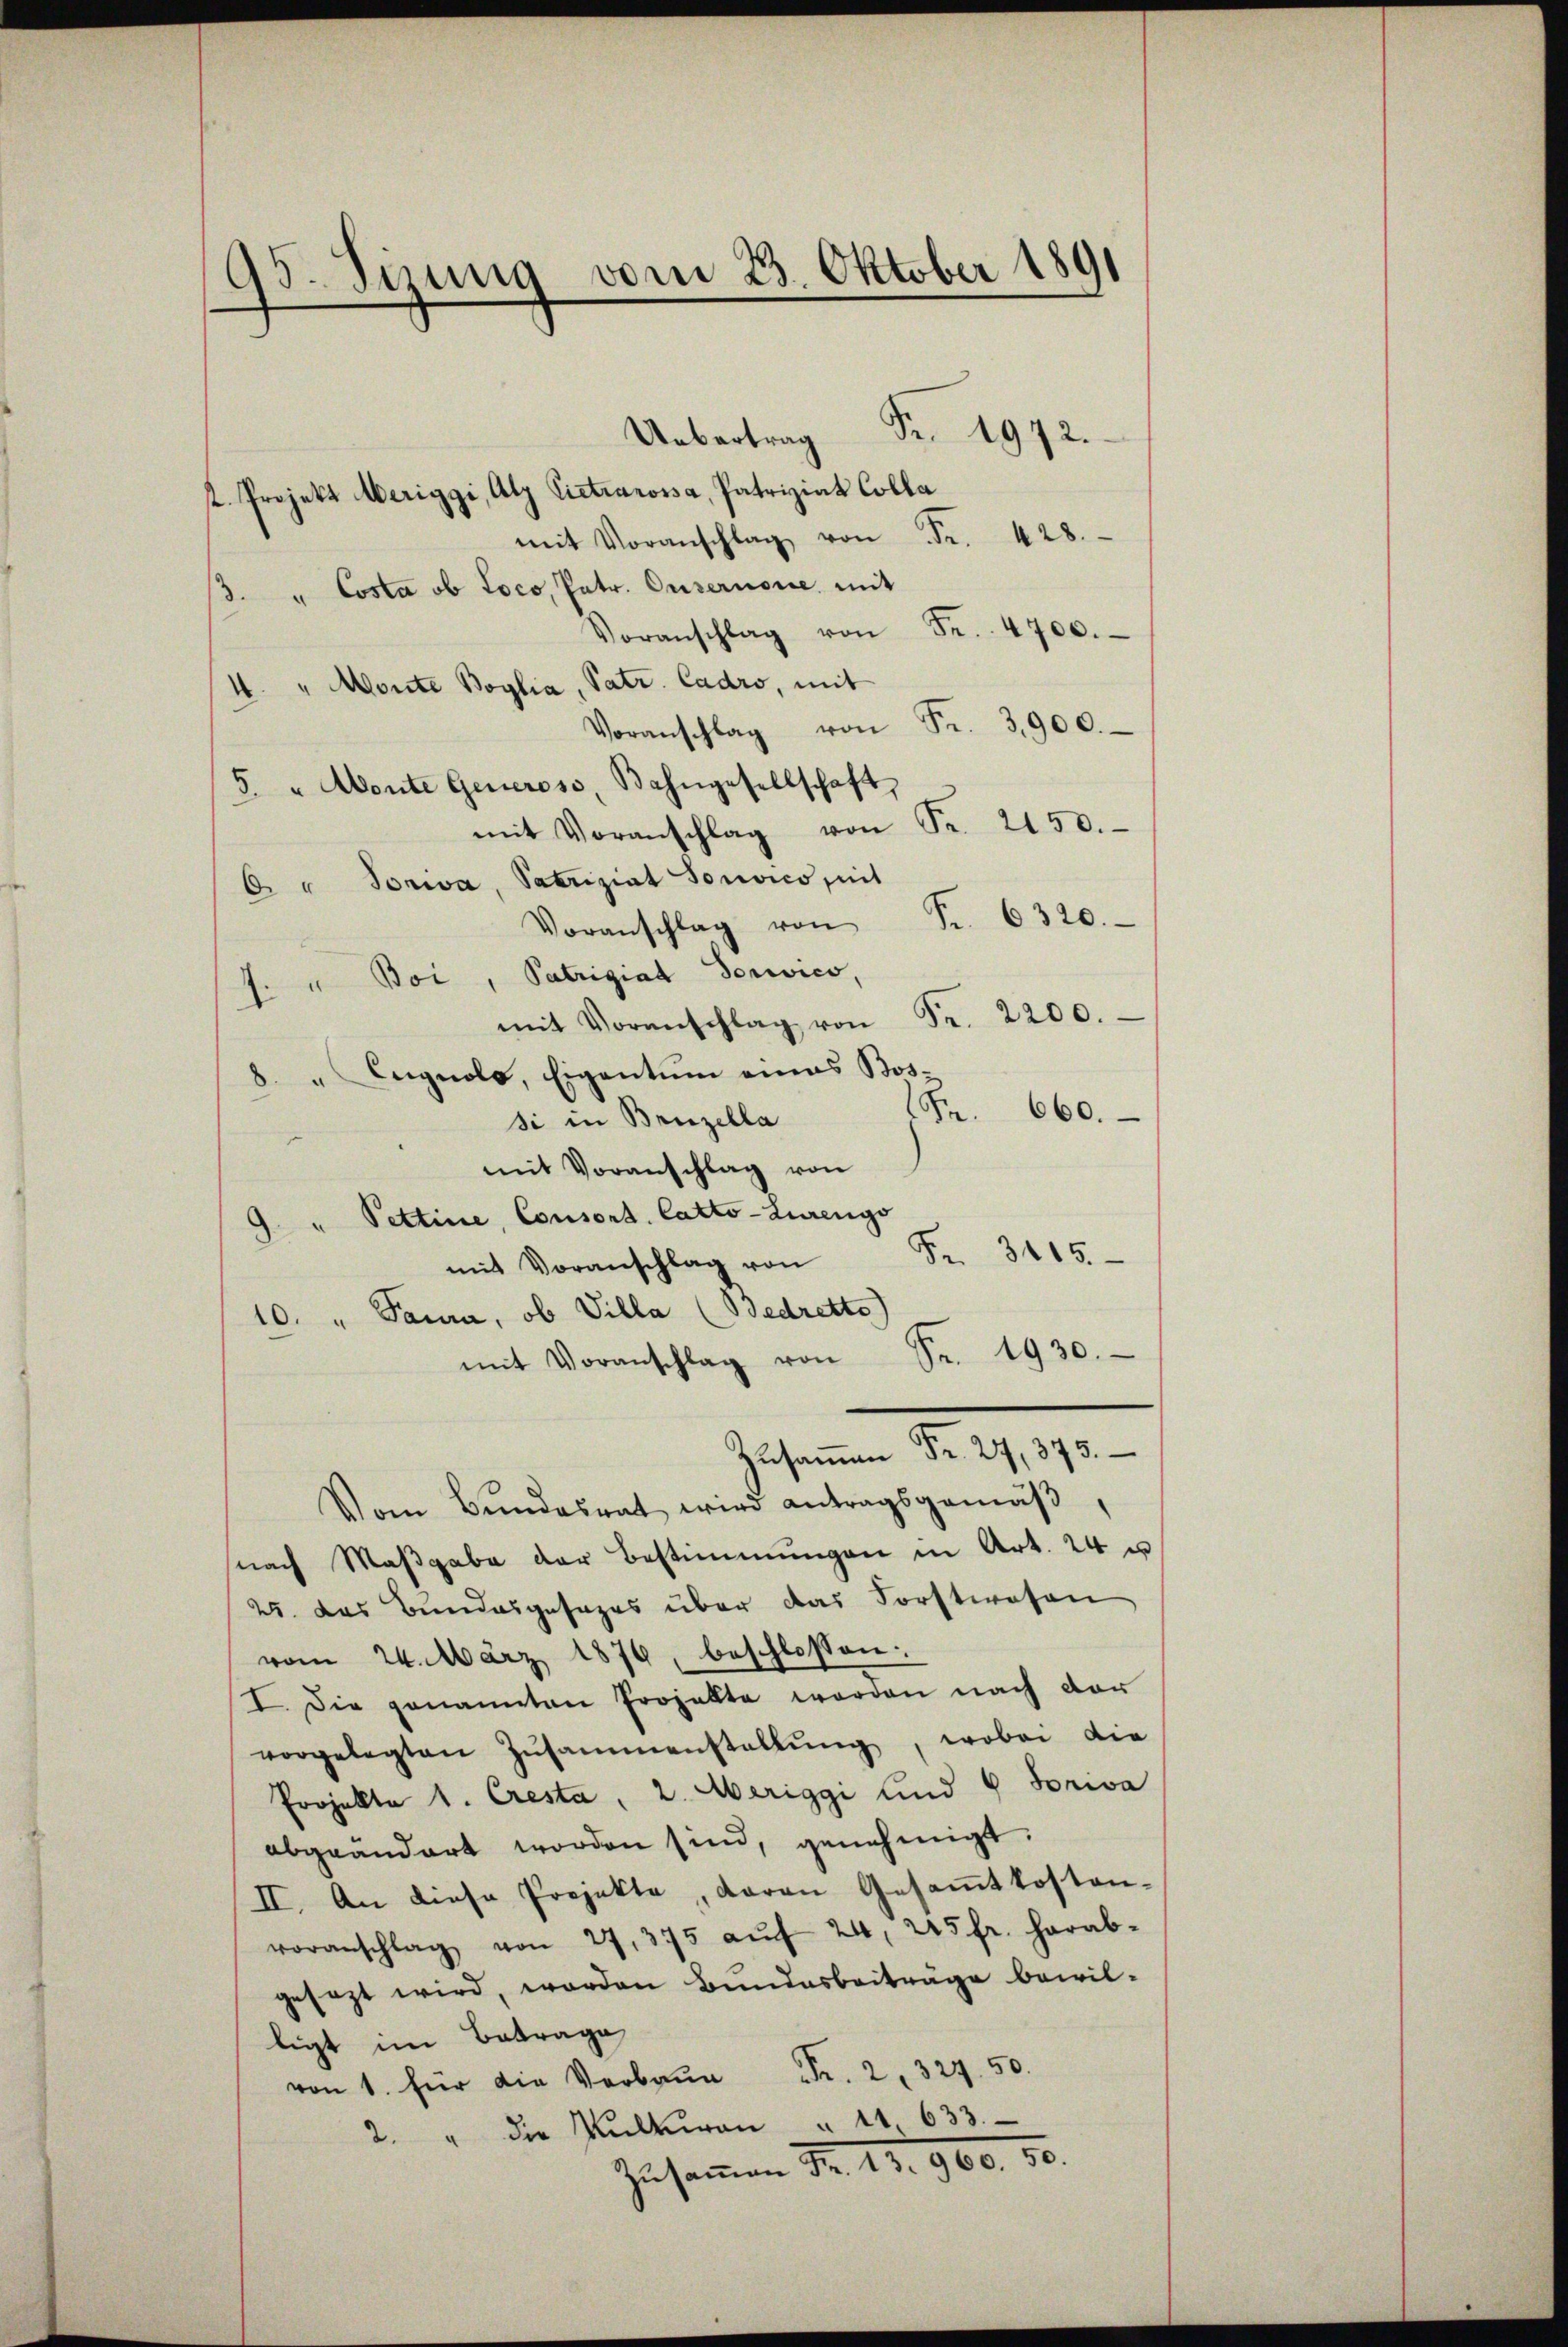
Uebertrag Fr. 1972.
t. Projekt Meriggi, Atz Pietrarossa, Patriziat Colla
mit Voranschlag von Fr. 428.
3. " Costa ob Loco, Patr. Ousernone mit
Voranschlag von Fr. 4700.
4. " Monte Boglia, Patr. Cadro, mit
Voranschlag von Fr. 3900.
5 " Monte Generose, Bahngesellschaft
mit Voranschlag von Fr. 2150.
A Sowa, Satriziat Sonvico seit
Fr. 6320.
Voranschlag von
J. Boi, Patriziat dorico,
mit Voranschlag von Fr. 2200.
8. " Eugnolo, Eigentum eines Bos-
Fr.
660.
si in Bruzella
mit Voranschlag von
9 " Pettine, Consort. Catto-Zurengs
Be
3115.
mit Voranschlag von
10. " Saura, ob Villa (Bedrette)
Fr. 1930.
mit Voranschlag von
Zusammen Fr. 24, 373.
Vom Bundesrat wird antragsgemäß
nach Maβgabe der Bestimmungen in Art. 24 u
25. das Bundesgesages über das Forstwesen
vom 24. März 1876, beschlossen:
I. Die genannten Projekte worden nach der
vorgelegten Zusammenstellŭng, wobei die
Projekte 1. Cresta, 2. Meriggi und 9 Priva
abgeändert worden sind, genehmigt.
II. An diese Projekte, daran Gesamtkosten-
voranschlag von 27. 375 aŭf 24, 245 fr. herab-
gesezt wird, worden Bundesbeiträge bewilligt im Betrage
von 1. für die Verbrun Fr. 2, 324. 50.
2. " die Kulturen " 11. 633.
Zusammen Fr. 13. 960. 50.

95. Sizung vom 23. Oktober 1891